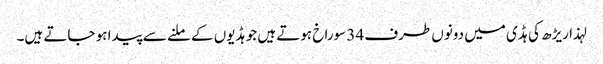
لہذا ریڑھ کی ہڈی میں دونوں طرف 34 سوراخ ہوتے ہیں جو ہڈیوں کے ملنے سے پیدا ہو جاتے ہیں۔